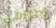
إجرامي